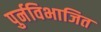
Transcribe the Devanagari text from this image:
पुर्नविभाजित